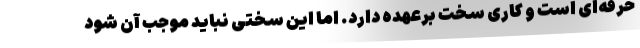
حرفه‌ای است و کاری سخت برعهده دارد. اما این سختی نباید موجب آن شود